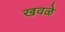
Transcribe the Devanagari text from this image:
खवळे